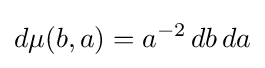
d\mu (b,a)=a^{-2}\,db\,da